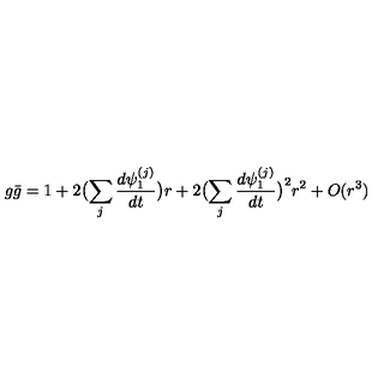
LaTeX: g \bar { g } = 1 + 2 \bigl ( \sum _ { j } \frac { d \psi _ { 1 } ^ { ( j ) } } { d t } \bigr ) r + 2 \bigl ( \sum _ { j } \frac { d \psi _ { 1 } ^ { ( j ) } } { d t } \bigr ) ^ { 2 } r ^ { 2 } + O ( r ^ { 3 } )